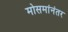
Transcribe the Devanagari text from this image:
मोसमांनंतर